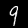
Label: 9